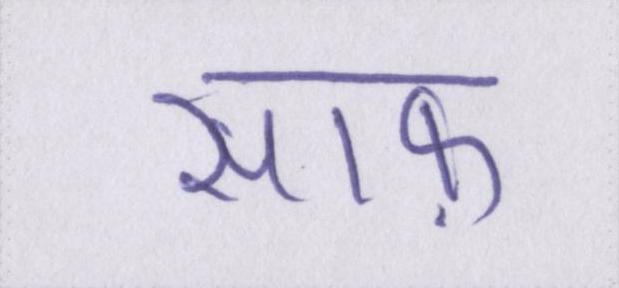
साफ़